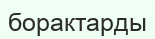
борактарды